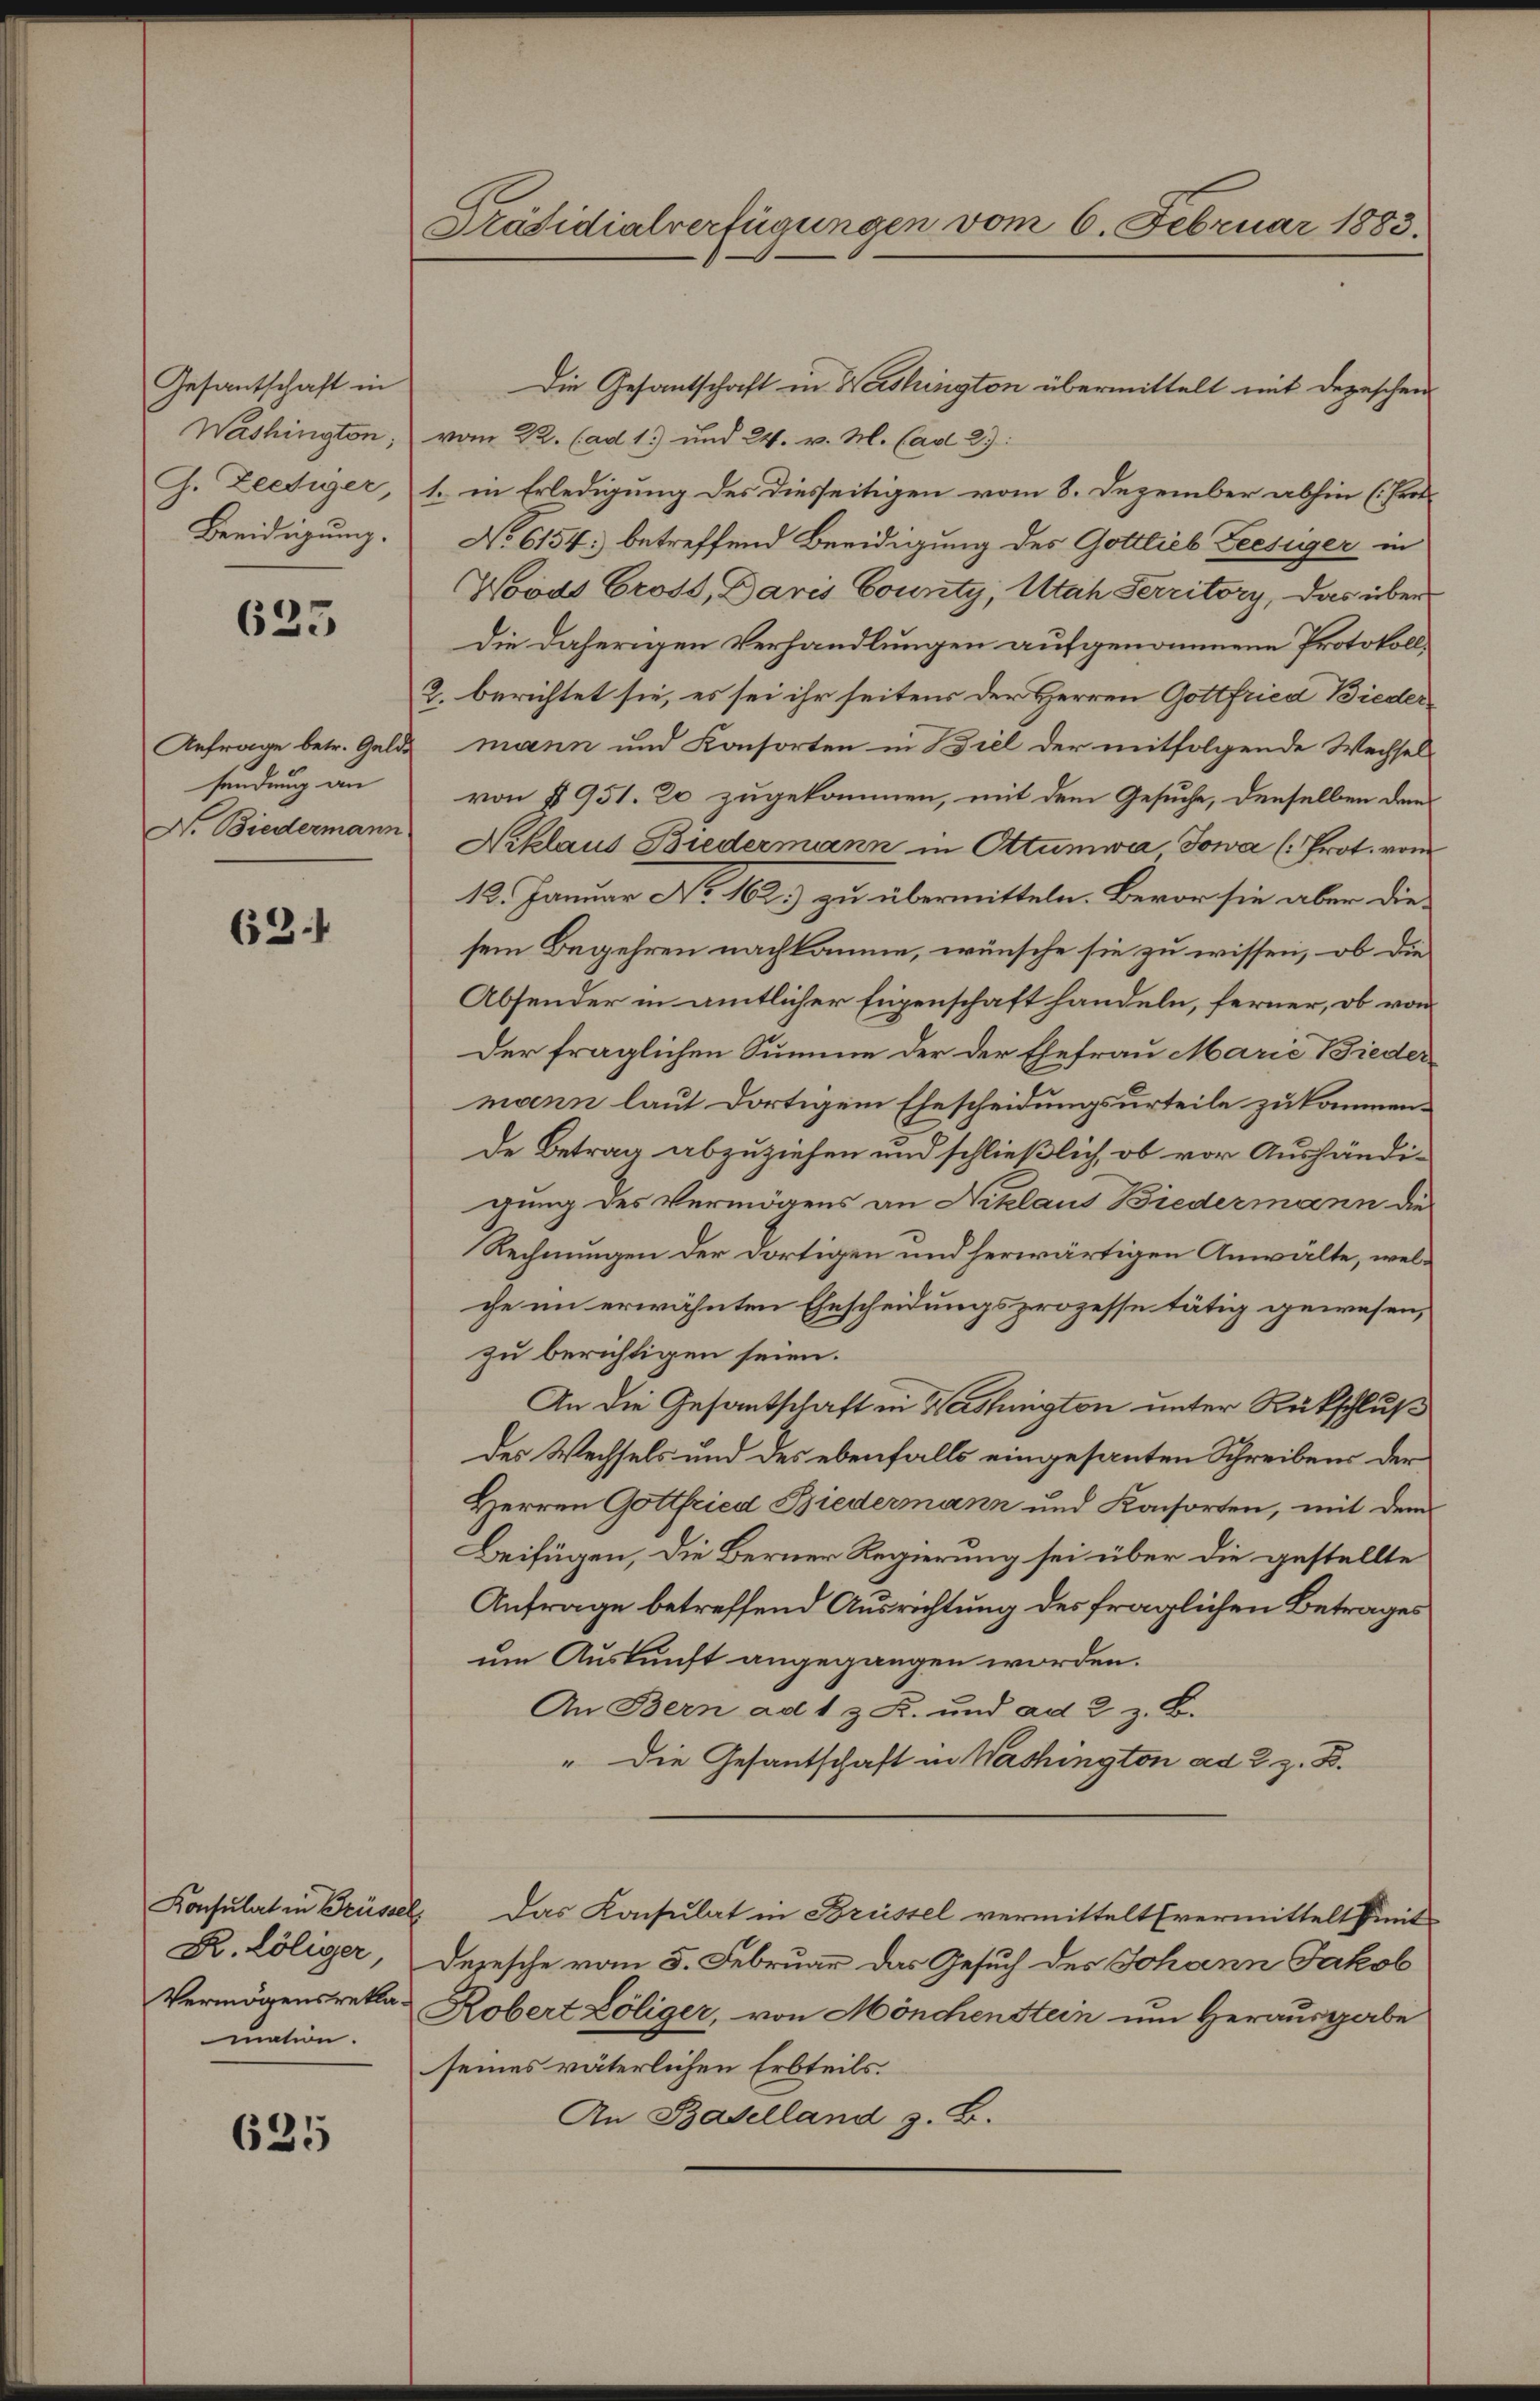
Gesantschaft in
Washington,
G. Zechiger,
Beeidigung.

625

sendung an
N. Biedermann

63.

Konsulat in Brüssel
R. Löliger,
Vermögensreklamation.

635

Präsidialverfügungen vom 6. Februar 1883.

Die Gesantschaft in Washington übermittelt mit Depeschen
vom 22. (ad 1) und 24. v. M. (ad 2):
1. in Erledigung des diesseitigen vom 8. Dezember abhin (Prot
No 6154; betreffend Beeidigung des Gottlieb Zeesiger in
Wovas Gross, Daris County, Utah Ferritory, das über
Die daherigen Verhandlungen aufgenommene Protokoll¬
2. berichtet sie, es sei ihr seitens der Herren Gottfried Bieder¬
Anfrage betr. Gelde mann und Konsorten in Biel der mitfolgende Wechsel-
von § 951. 20 zugekommen, mit dem Gesuche, denselben den
Niklaus Biedermann in Ottumwa, Jowa (: Prot. vom
12. Januar No 162.) zu übermitteln. Bevor sie aber diesem Begehren nachkomme, wünsche sie zu wissen, ob die
Absender in amtlicher Eigenschaft handeln, ferner, ob von
Der fraglichen Summe der der Ehefrau Marie Bieder
mann laut dortigem Ehescheidungsurteile zukommende Betrag abzuziehen und schließlich, ob vor Aushändigung des Vermögens an Niklaus Biedermann die
Rechnungen der dortigen und herwärtigen Anwälte, welche im erwähnten Ehescheidungsprozesse tätig gewesen,
zu berichtigen seien.
An die Gesantschaft in Washington unter Rückschluß
des Wechsels und des ebenfalls eingesanten Schreibens der
Herren Gottfried Biedermann und Konsorten, mit dem
Beifügen, die Berner Regierung sei über die gestellte
Anfrage betreffend Ausrichtung des fraglichen Betrages
um Auskunft angegangen worden.
An Bern ad 1 z K. und ad 2. z. B.
" Die Gesantschaft in Washington ad 2. z. B.
 Das Konsulat in Brüssel vermittelt (vermittelt finit
Depesche vom 5. Februar das Gesuch des Johann Jakob
Robert Löliger, von Mönchenstein um Herausgabe
seines väterlichen Erbteils.
An Baselland z. B.